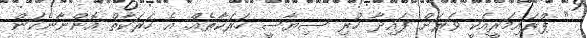
" ޕްރައިމަރީއަކީ ވަރަށް ފައިދާ ހުރި ސިޔާސީ ހަރަކާތެއް. އެ ހަރަކާތް އޮންނާނެކަން